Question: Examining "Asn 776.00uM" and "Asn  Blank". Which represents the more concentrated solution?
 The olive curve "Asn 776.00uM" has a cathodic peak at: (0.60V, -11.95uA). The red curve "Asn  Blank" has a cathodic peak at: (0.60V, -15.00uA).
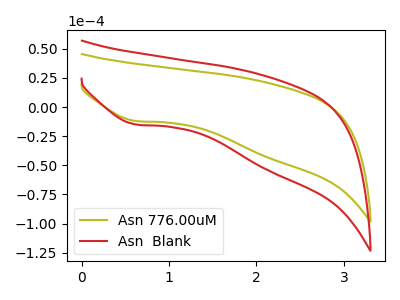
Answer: <think>All the peaks in "Asn 776.00uM" have a peak in "Asn  Blank" at the same potential. Every peak in "Asn 776.00uM" is lower than every peak in "Asn  Blank".
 </think>
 <answer>"Asn 776.00uM" has less signal than "Asn  Blank" and so likely has a lower concentration.</answer>
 <eval>less_concentration</eval>